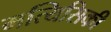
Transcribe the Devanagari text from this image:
मत्यिसिकी